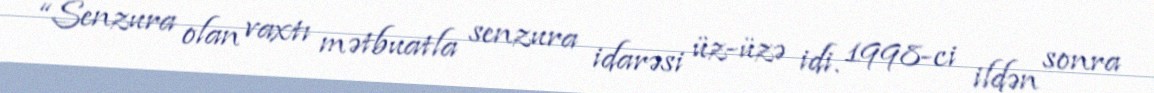
“Senzura olan vaxtı mətbuatla senzura idarəsi üz-üzə idi. 1998-ci ildən sonra